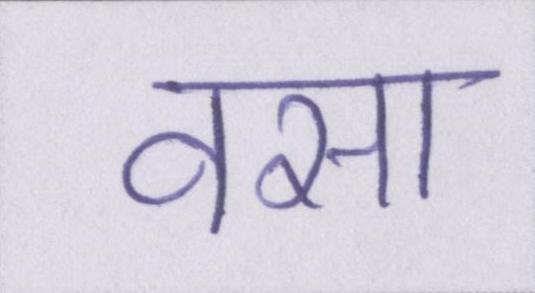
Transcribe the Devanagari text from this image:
वसा